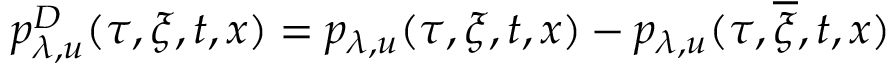
p _ { \lambda , u } ^ { D } ( \tau , \xi , t , x ) = p _ { \lambda , u } ( \tau , \xi , t , x ) - p _ { \lambda , u } ( \tau , \overline { { \xi } } , t , x )